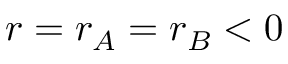
r = r _ { A } = r _ { B } < 0